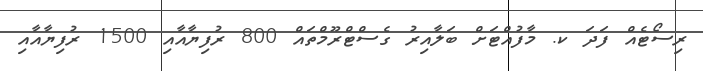
ރިސޯޓެއް ފަދަ ކ. މާފުއްޓަށް ބަލާއިރު ގެސްޓްރޫމްތައް 800 ރުފިޔާއާއި 1500 ރުފިޔާއާއި